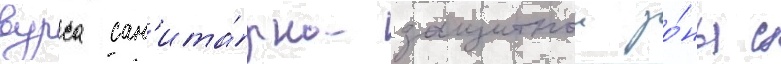
вурса сан'ита́рно-защитнои зо́ны с